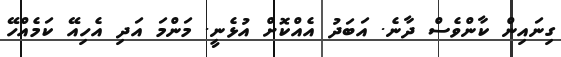
ގިނައިން ކާންވެސް ދާނެ. އަބަދު އެއްކޮށް އުޅެނީ. މަންމަ އަދި އެހިއޭ ކަމެއްހޭ